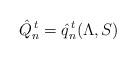
LaTeX: \begin{align*}\hat Q_n^{\,t}=\hat q_n^{\,t}(\Lambda,S)\end{align*}